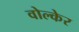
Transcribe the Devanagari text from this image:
वोल्केर